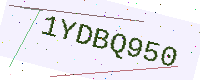
Text: 1YDBQ950